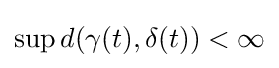
\sup d(\gamma (t),\delta (t))<\infty